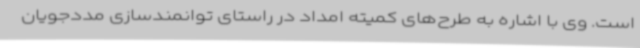
است. وی با اشاره به طرح‌های کمیته امداد در راستای توانمندسازی مددجویان